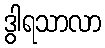
ဒွါရသာလာ